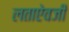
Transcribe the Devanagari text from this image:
लताऐवजी